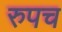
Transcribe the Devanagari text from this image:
रुपच